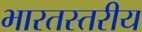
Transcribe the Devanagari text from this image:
भारतस्तरीय